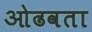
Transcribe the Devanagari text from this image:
ओढवता